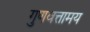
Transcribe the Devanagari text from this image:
गुणवत्तामय